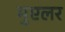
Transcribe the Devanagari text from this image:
मुएलर